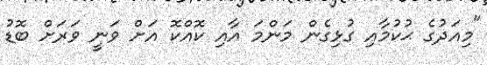
"މިއަދުގެ ޙުކުމާއި ގުޅިގެން މަންމަ އާއި ކޮއްކޮ އަށް ވަނީ ވަރަށް ބޮޑު